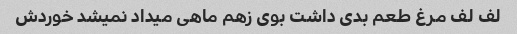
لف لف مرغ طعم بدی داشت بوی زهم ماهی میداد نمیشد خوردش